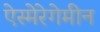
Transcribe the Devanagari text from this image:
ऐस्मेरेगेमीन